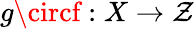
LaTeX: g\circf:X\to\mathcal{Z}